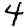
Digit: 4